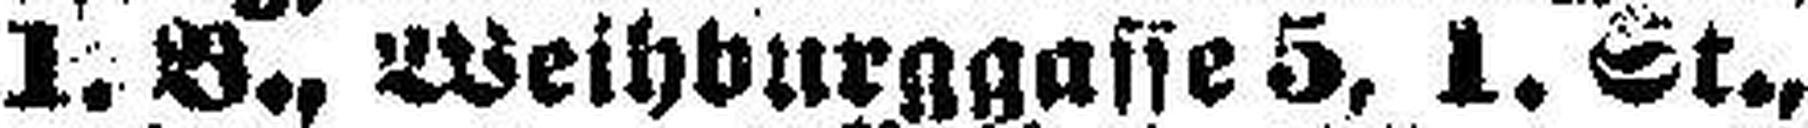
1. B., Weihburggasse 5, 1. St.,